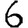
Digit: 6